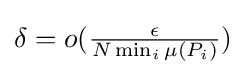
{\textstyle \delta =o({\frac {\epsilon }{N\min _{i}\mu (P_{i})}})}